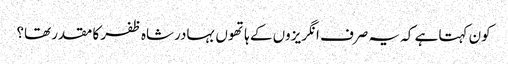
کون کہتا ہے کہ یہ صرف انگریزوں کے ہاتھوں بہادرشاہ ظفر کا مقدر تھا؟